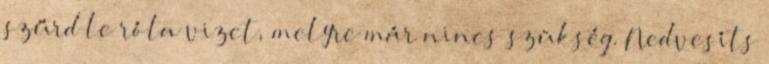
szűrd le róla vizet, melyre már nincs szükség. Nedvesíts